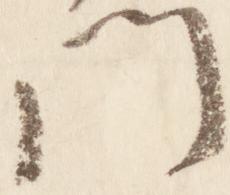
門